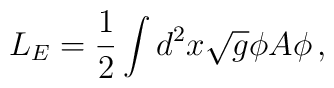
L_{E}=\frac{1}{2}\int d^{2}x\sqrt{g}\phi A\phi \, ,